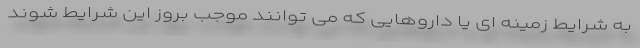
به شرایط زمینه ای یا داروهایی که می توانند موجب بروز این شرایط شوند